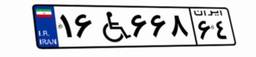
۵۸W۰۲۰۹۲